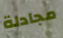
مجادلة